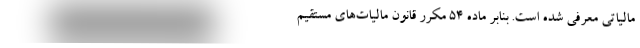
مالیاتی معرفی شده است. بنابر ماده ۵۴ مکرر قانون مالیات‌های مستقیم